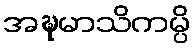
အဍ္ဎမာသိကမ္ပိ